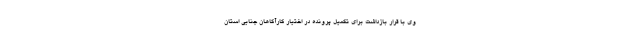
وی با قرار بازداشت برای تکمیل پرونده در اختیار کارآگاهان جنایی استان